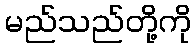
မည်သည်တို့ကို